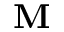
\mathbf { M }